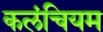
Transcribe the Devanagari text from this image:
कलंचियम